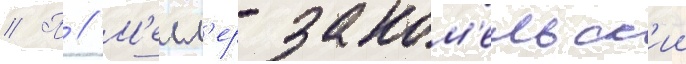
// П // М'елл'ер-заком'ельск'ии